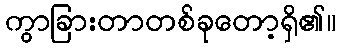
ကွာခြားတာတစ်ခုတော့ရှိ၏။